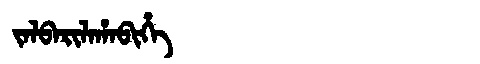
Manchu: ᠵᠠᠯᠪᠠᡵᡳᠯᠠᡥᠠᠪᡳᡥᡝ
Romanization: JALBARILAHABIHE